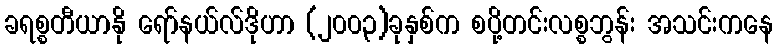
ခရစ္စတီယာနို ရော်နယ်လ်ဒိုဟာ (၂၀၀၃)ခုနှစ်က စပို့တင်းလစ္စဘွန်း အသင်းကနေ